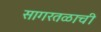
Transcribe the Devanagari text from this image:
सागरतळाची